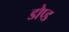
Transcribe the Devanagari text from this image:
डोप्ड